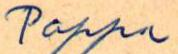
Pappa